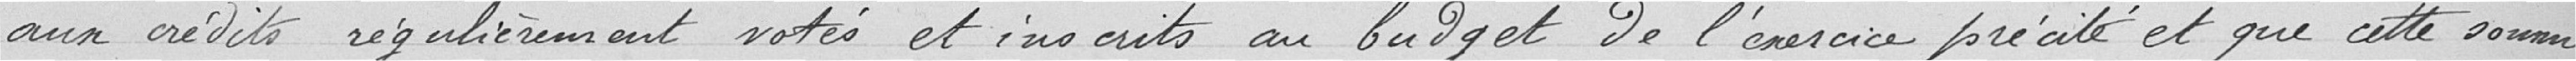
aux crédits régulièrement notés et inscrits au budget de l'exercice précité et que cette somme